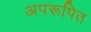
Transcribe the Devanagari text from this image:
अपरूपित